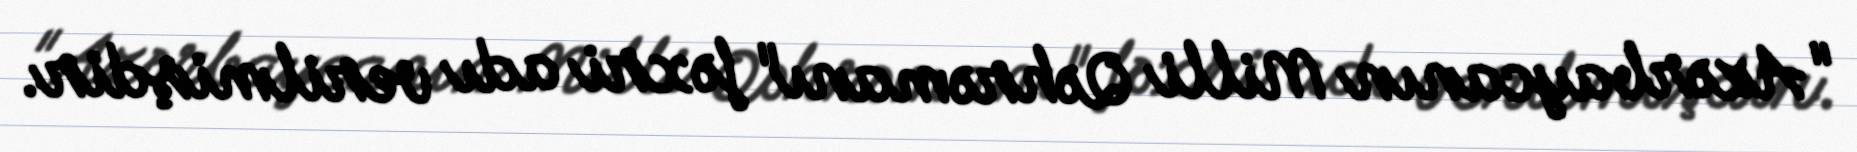
"Azərbaycanın Milli Qəhrəmanı" fəxri adı verilmişdir.